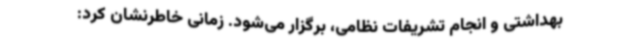
بهداشتی و انجام تشریفات نظامی، برگزار می‌شود. زمانی خاطرنشان کرد: